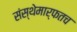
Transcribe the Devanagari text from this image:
संस्थेमार्फतच